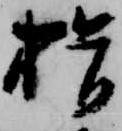
揖